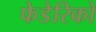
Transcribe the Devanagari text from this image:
फेडेरिको